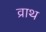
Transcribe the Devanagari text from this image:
व्राथ